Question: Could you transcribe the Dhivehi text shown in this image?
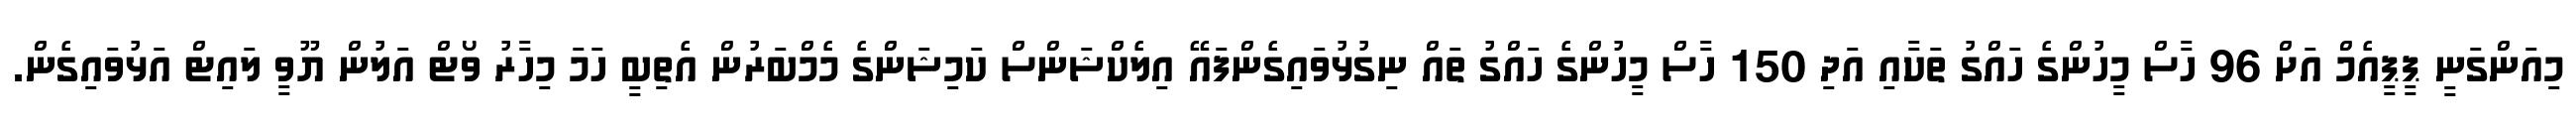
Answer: މިއަންގަނީ ޕީޕީއެމް އަށް 96 ހާސް މީހުންގެ ހައްގު ތަކާއި އަދި 150 ހާސް މީހުންގެ ހައްގު ތައް ނިގުޅުވައިގެންފައޭ އިލެކްޝަންސް ކަމިޝަންގެ މެމްބަރުން އެތިބީ ހަމަ މިހާރު ވޯޓް އަލުން ޔޫވީ ލައިޓް އަޅުވައިގެން.